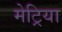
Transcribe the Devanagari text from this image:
मेट्रिया